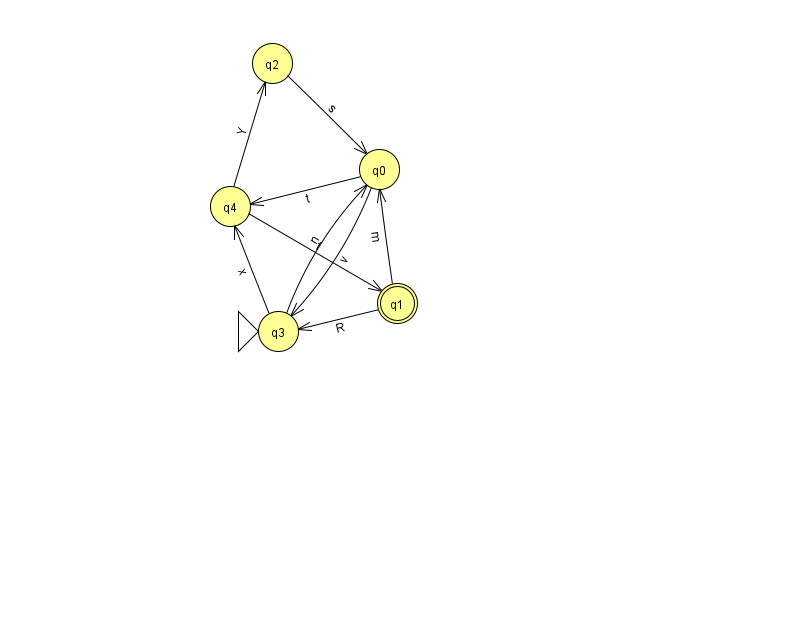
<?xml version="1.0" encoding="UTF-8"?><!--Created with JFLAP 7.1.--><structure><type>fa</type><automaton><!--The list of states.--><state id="0" name="q0"><x>379.0</x><y>156.0</y></state><state id="1" name="q1"><x>397.0</x><y>290.0</y><final/></state><state id="2" name="q2"><x>272.0</x><y>50.0</y></state><state id="3" name="q3"><x>278.0</x><y>318.0</y><initial/></state><state id="4" name="q4"><x>230.0</x><y>193.0</y></state><!--The list of transitions.--><transition><from>1</from><to>3</to><read>R</read></transition><transition><from>2</from><to>0</to><read>s</read></transition><transition><from>4</from><to>1</to><read>t</read></transition><transition><from>0</from><to>4</to><read>t</read></transition><transition><from>0</from><to>3</to><read>v</read></transition><transition><from>4</from><to>2</to><read>Y</read></transition><transition><from>3</from><to>4</to><read>x</read></transition><transition><from>1</from><to>0</to><read>m</read></transition><transition><from>3</from><to>0</to><read>n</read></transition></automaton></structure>